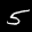
Label: 5